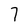
Character: 7